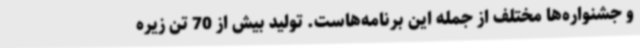
و جشنواره‌ها مختلف از جمله این برنامه‌هاست. تولید بیش از 70 تن زیره